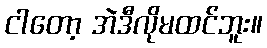
ငါတော့ အဲဒီလိုမထင်ဘူး။